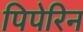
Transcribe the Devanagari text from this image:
पिपेरिन